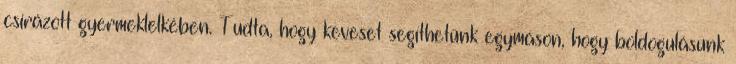
csírázott gyermeklelkében. Tudta, hogy keveset segíthetünk egymáson, hogy boldogulásunk